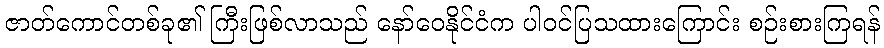
ဇာတ်ကောင်တစ်ခု၏ ကြီးဖြစ်လာသည် နော်ဝေနိုင်ငံက ပါဝင်ပြသထားကြောင်း စဉ်းစားကြရန်